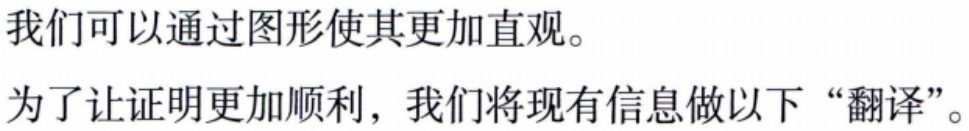
我们可以通过图形使其更加直观。

为了让证明更加顺利，我们将现有信息做以下“翻译”。